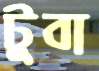
টুবা